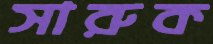
সারুক